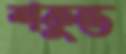
শকুন্ত